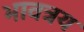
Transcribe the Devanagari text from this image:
भावत्रय